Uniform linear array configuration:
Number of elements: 64
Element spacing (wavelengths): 0.5
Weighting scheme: hamming
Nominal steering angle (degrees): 15
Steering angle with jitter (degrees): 14.979
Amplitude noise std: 0.05
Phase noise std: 0.05

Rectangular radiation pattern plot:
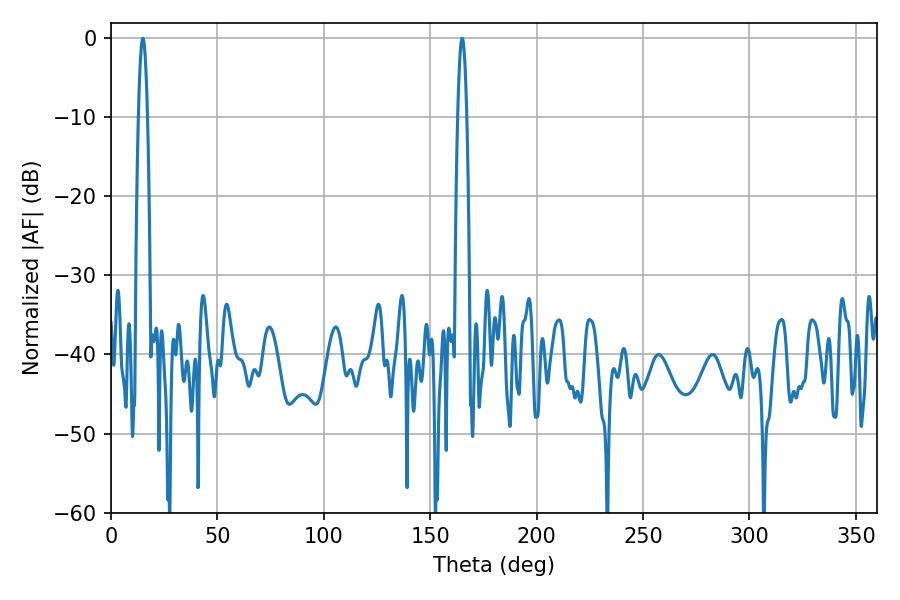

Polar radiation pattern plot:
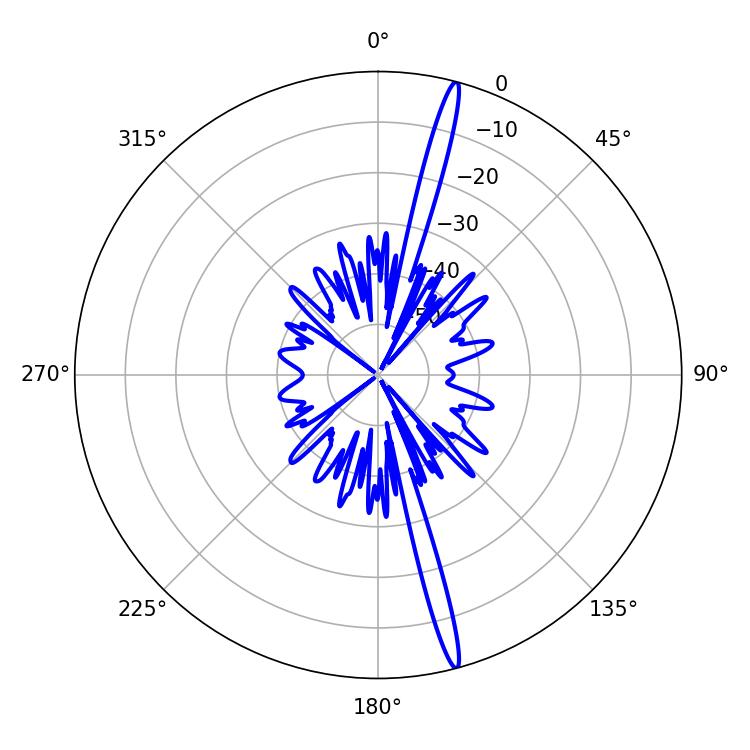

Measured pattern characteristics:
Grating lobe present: FALSE
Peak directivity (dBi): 19.357
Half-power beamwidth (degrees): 2.34
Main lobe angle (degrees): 14.94